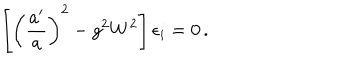
\left[ \left( \frac { a ^ { \prime } } { a } \right) ^ { 2 } - g ^ { 2 } W ^ { 2 } \right] \epsilon _ { i } = 0 \, .